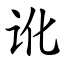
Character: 讹